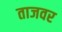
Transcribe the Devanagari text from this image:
ताजवर